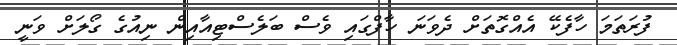
ފުރަތަމަ ހާފެކޭ އެއްގޮތަށް ދެވަނަ ހާފްގައި ވެސް ބަލެސްޓިއާއިން ނިއުގެ ގޯލަށް ވަނީ